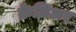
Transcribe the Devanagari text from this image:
क्रेज़िअर